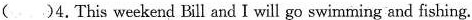
( )4.This weekend Bill and I will go swimming and fishing.